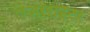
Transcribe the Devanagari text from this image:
लेज़रराइटर